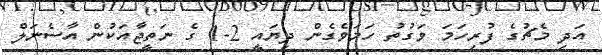
އަދި މެޗުގެ ފުރިހަމަ ވަގުތު ހަމަވެގެން ދިޔައީ 2-1 ގެ ނަތީޖާއަކުން އާސެނަލް